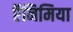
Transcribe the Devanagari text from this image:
ऍनिमिया